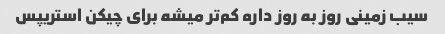
سیب زمینی روز به روز داره کم‌تر میشه برای چیکن استریپس